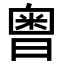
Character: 𣉭